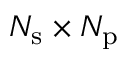
N _ { \mathrm { s } } \times N _ { \mathrm { p } }